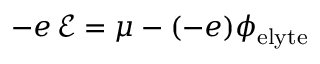
- e \, \mathcal { E } = \mu - ( - e ) \phi _ { \mathrm { e l y t e } }